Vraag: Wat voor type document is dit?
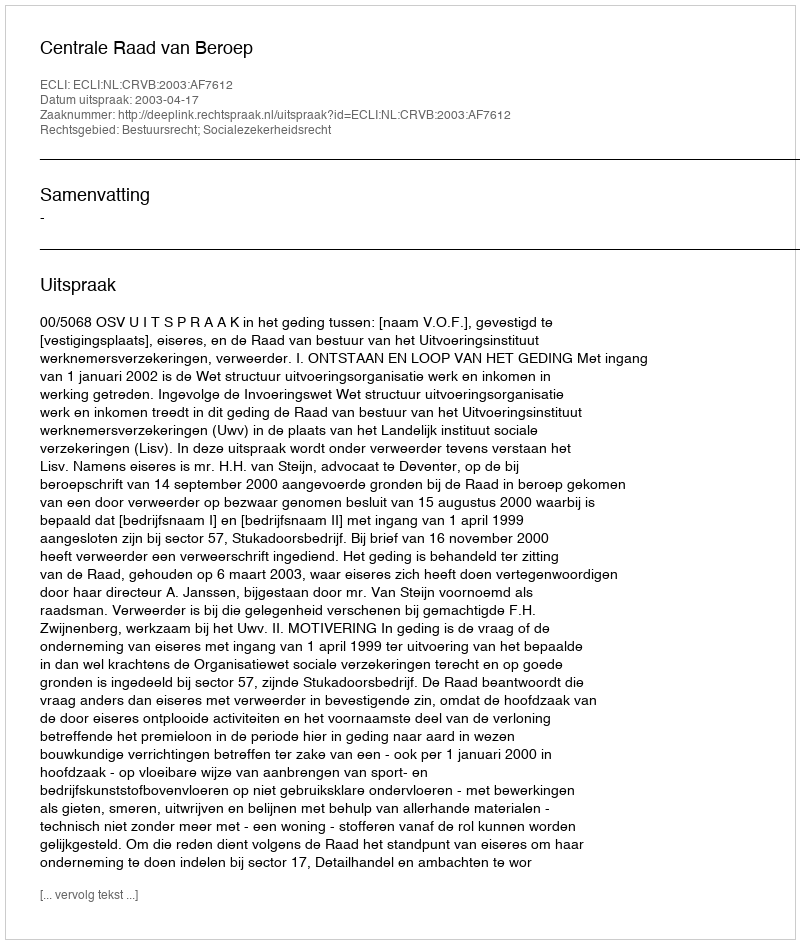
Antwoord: Uitspraak